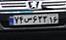
۷۴س۶۲۳۱۶